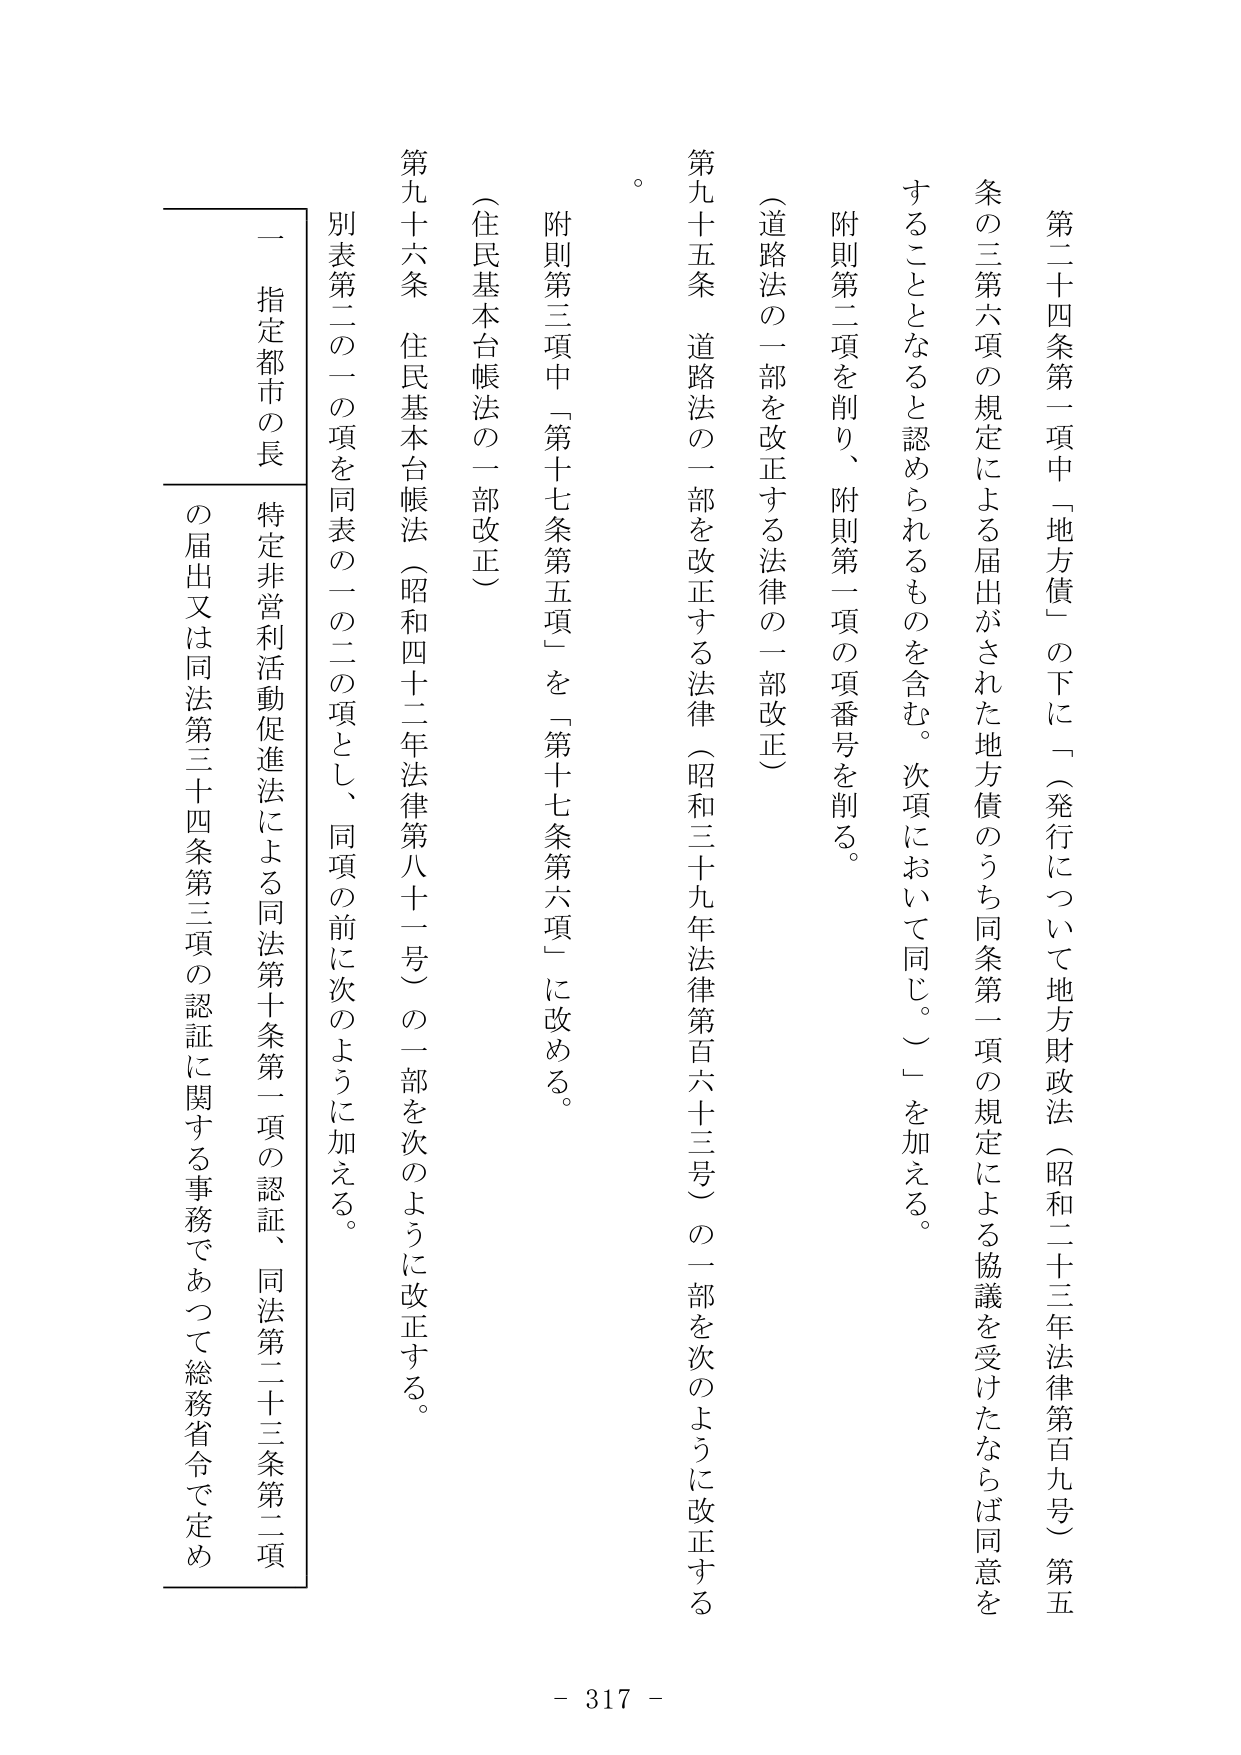
第二十四条第一項中「地方債」の下に「（発行について地方財政法（昭和二十三年法律第百九号）第五条の三第六項の規定による届出がされた地方債のうち同条第一項の規定による協議を受けたならば同意をすることとなると認められるものを含む。次項において同じ。）」を加える。

附則第二項を削り、附則第一項の項番号を削る。

（道路法の一部を改正する法律の一部改正）

第九十五条　道路法の一部を改正する法律（昭和三十九年法律第百六十三号）の一部を次のように改正する。

附則第三項中「第十七条第五項」を「第十七条第六項」に改める。

（住民基本台帳法の一部改正）

第九十六条　住民基本台帳法（昭和四十二年法律第八十一号）の一部を次のように改正する。

別表第二の二の項を同表の二の二の項とし、同項の前に次のように加える。

一　指定都市の長

特定非営利活動促進法による同法第十条第一項の認証、同法第二十三条第二項の届出又は同法第三十四条第三項の認証に関する事務であって総務省令で定め

- 317 -